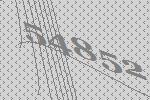
54852